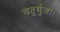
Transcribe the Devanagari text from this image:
चतुर्भुजा।